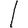
Digit: 1